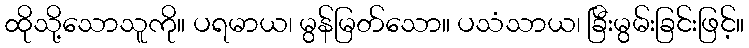
ထိုသို့သောသူကို။ ပရမာယ၊ မွန်မြတ်သော။ ပသံသာယ၊ ခြီးမွမ်းခြင်းဖြင့်။